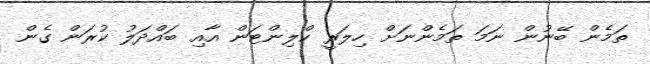
ތަމެން ބޭނުން ނަމަ ތަމެންނަށް ހިލަރީ ކްލިންޓަން އާއި ބައްދަލު ކުރަން ގެން